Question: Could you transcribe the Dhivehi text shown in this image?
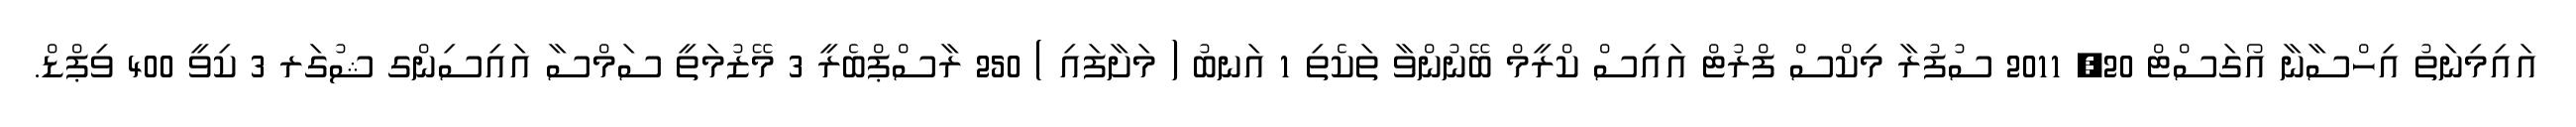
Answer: އައިމިނަތު އިހްސާނާ އޯގަސްޓް 20, 2011 ސުފުރާ މިކްސް ފްރުޓް އައިސް ކްރީމް ބޭނުންވާ ތަކެތި 1 އަނބު ( މަށާފައި ) 250 ރާސްޕްބެރީ 3 މޭޒުމަތީ ސަމްސާ އައިސިންގ ޝުގަރ 3 ކިވީ 400 ވިޕްޑް.